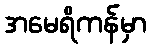
အမေရိကန်မှာ